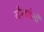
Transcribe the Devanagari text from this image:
गौरवलेली